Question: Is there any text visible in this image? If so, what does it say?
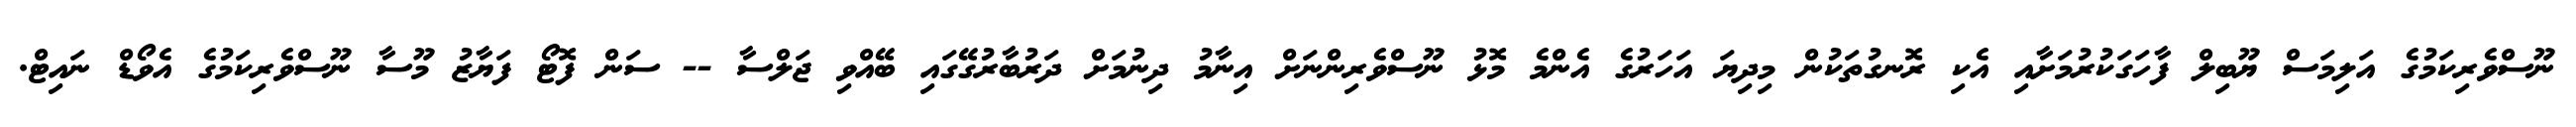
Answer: ނޫސްވެރިކަމުގެ އަލިމަސް ޔޫބިލް ފާހަގަކުރުމަށާއި އެކި ރޮނގުތަކުން މިދިޔަ އަހަރުގެ އެންމެ މޮޅު ނޫސްވެރިންނަށް އިނާމު ދިނުމަށް ދަރުބާރުގޭގައި ބޭއްވި ޖަލްސާ -- ސަން ފޮޓޯ ފަޔާޒު މޫސާ ނޫސްވެރިކަމުގެ އެވޯޑް ނައިޓް.